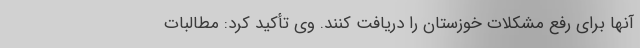
آنها برای رفع مشکلات خوزستان را دریافت کنند. وی تأکید کرد: مطالبات